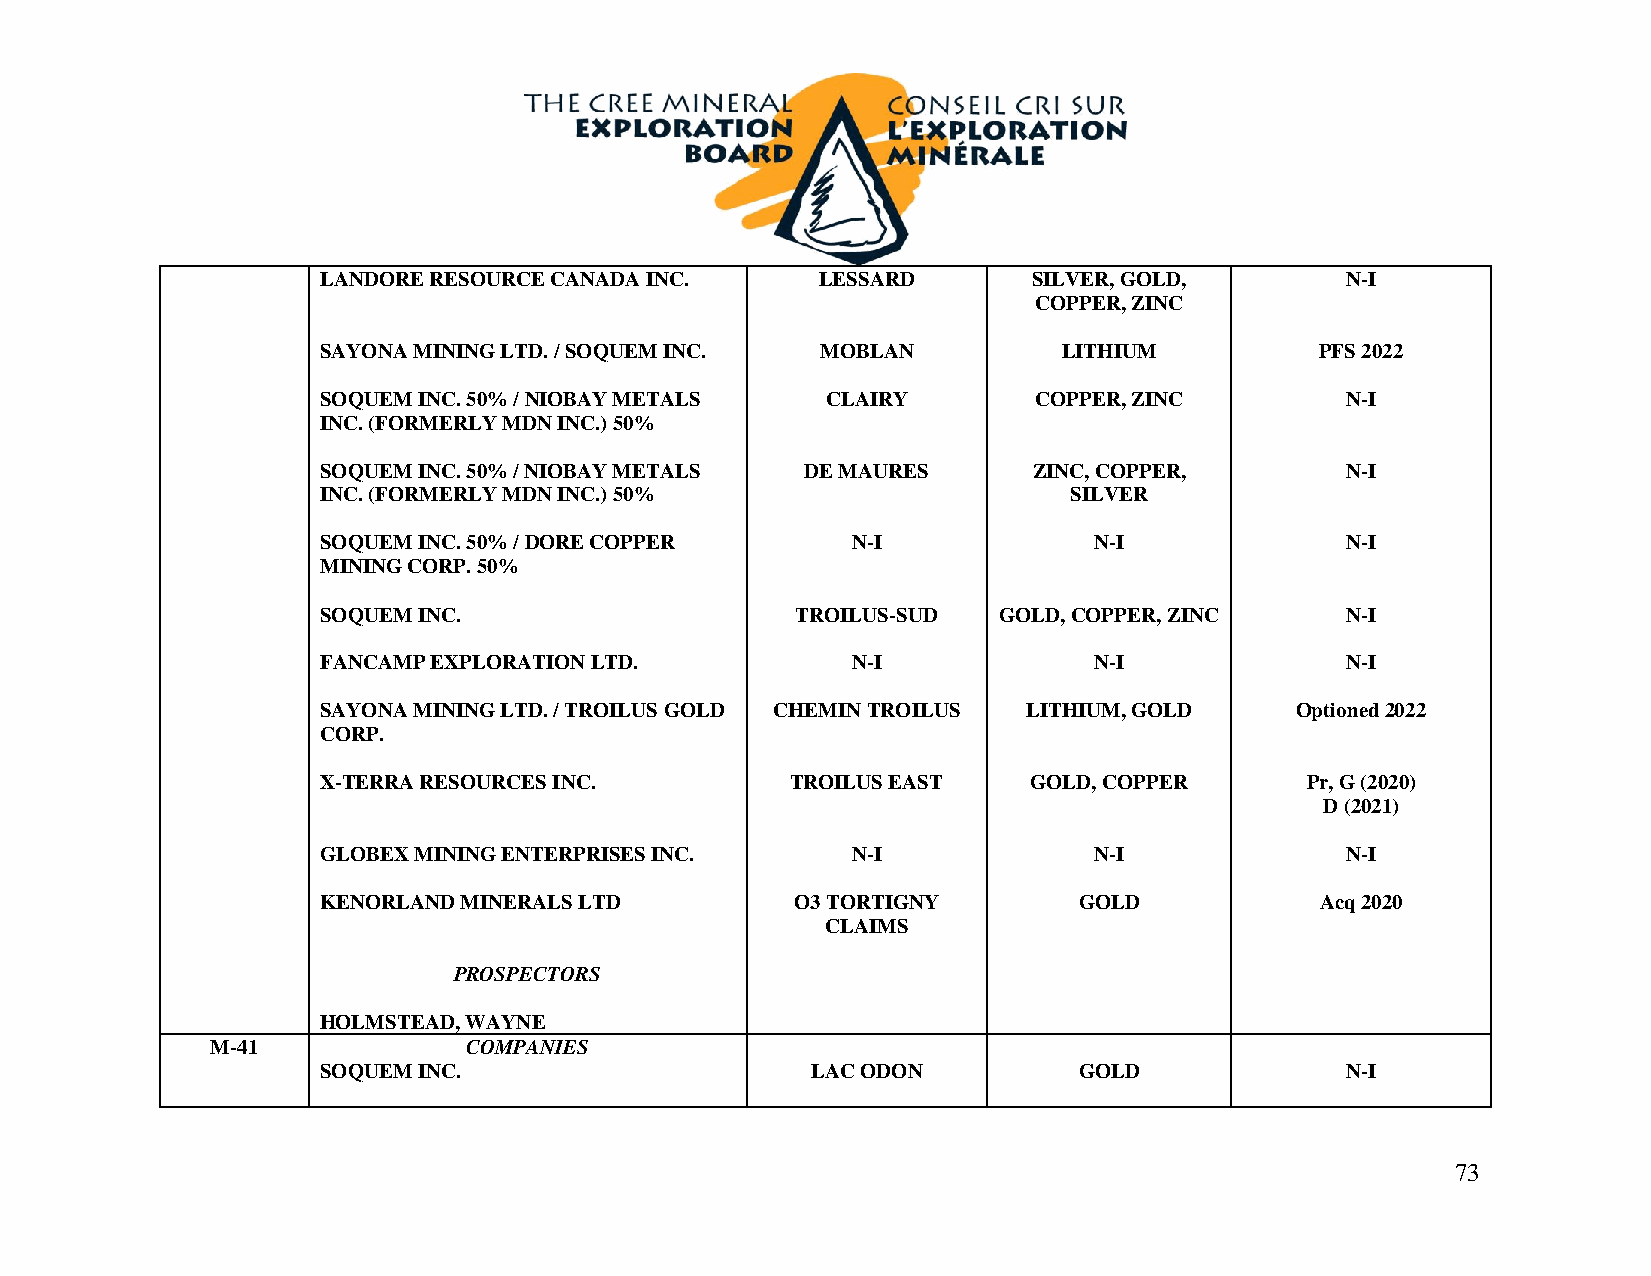
LANDORE RESOURCE CANADA INC.     LESSARD       SILVER, GOLD,        N-I
 COPPER, ZINC
 SAYONA MINING LTD. / SOQUEM INC. MOBLAN          LITHIUM          PFS 2022
 SOQUEM INC. 50% / NIOBAY METALS   CLAIRY        COPPER, ZINC        N-I
 INC. (FORMERLY MDN INC.) 50%
 SOQUEM INC. 50% / NIOBAY METALS DE MAURES      ZINC, COPPER,        N-I
 INC. (FORMERLY MDN INC.) 50%                      SILVER
 SOQUEM INC. 50% / DORE COPPER      N-I             N-I              N-I
 MINING CORP. 50%
 SOQUEM INC.                     TROILUS-SUD  GOLD, COPPER, ZINC     N-I
 FANCAMP EXPLORATION LTD.           N-I             N-I              N-I
 SAYONA MINING LTD. / TROILUS GOLD CHEMIN TROILUS LITHIUM, GOLD   Optioned 2022
 CORP.
 X-TERRA RESOURCES INC.         TROILUS EAST    GOLD, COPPER      Pr, G (2020)
 D (2021)
 GLOBEX MINING ENTERPRISES INC.     N-I             N-I              N-I
 KENORLAND MINERALS LTD          O3 TORTIGNY       GOLD            Acq 2020
 CLAIMS
 PROSPECTORS
 HOLMSTEAD, WAYNE
 M-41             COMPANIES
 SOQUEM INC.                      LAC ODON         GOLD              N-I
 73